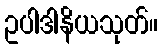
ဥပါဒါနိယသုတ်။